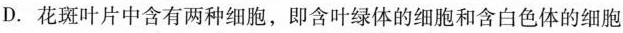
D.花斑叶片中含有两种细胞，即含叶绿体的细胞和含白色体的细胞